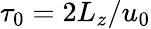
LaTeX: \tau_{0}=2L_{z}/u_{0}